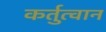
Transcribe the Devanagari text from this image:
कर्तुत्वान